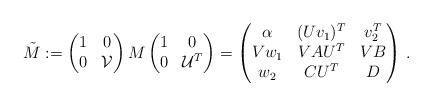
LaTeX: \begin{align*}\tilde{M} := \left( \begin{matrix} 1 & 0 \\ 0 & \mathcal{V} \end{matrix}\right) M \left( \begin{matrix} 1 & 0 \\ 0 & \mathcal{U}^T \end{matrix}\right) = \left( \begin{matrix} \alpha & (U v_1)^T & v_2^T \\V w_1 & V A U^T & V B \\w_2 & C U^T & D \end{matrix} \right) \, .\end{align*}